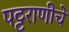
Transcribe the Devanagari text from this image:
पट्टराणीचे